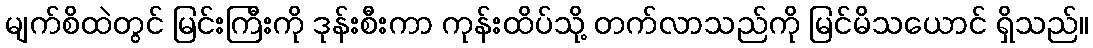
မျက်စိထဲတွင် မြင်းကြီးကို ဒုန်းစီးကာ ကုန်းထိပ်သို့ တက်လာသည်ကို မြင်မိသယောင် ရှိသည်။